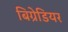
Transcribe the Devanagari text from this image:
बिग्रेडियर